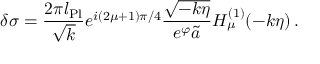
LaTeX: \delta \sigma = { \frac { 2 \pi l _ { \mathrm { P l } } } { \sqrt { k } } } e ^ { i ( 2 \mu + 1 ) \pi / 4 } { \frac { \sqrt { - k \eta } } { e ^ { \varphi } \tilde { a } } } H _ { \mu } ^ { ( 1 ) } ( - k \eta ) \, .